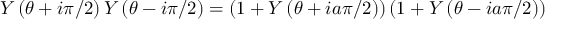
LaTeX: Y \left( \theta + i \pi / 2 \right) Y \left( \theta - i \pi / 2 \right) = \left( 1 + Y \left( \theta + i a \pi / 2 \right) \right) \left( 1 + Y \left( \theta - i a \pi / 2 \right) \right)